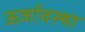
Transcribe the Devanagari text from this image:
ऊर्जावस्था